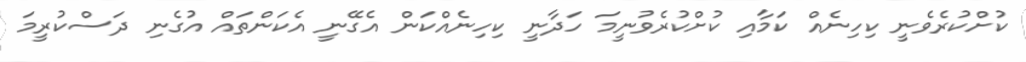
ކުށްކުރެވެނީ ކިހިނެއް ކަމާއި ކުށްކުރެވުނީމަ ހަދާނީ ކިހިނެއްކަން އެގޭނީ އެކަންތައް އުގެނި ދަސްކުރީމަ